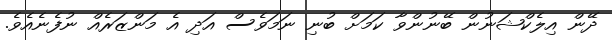
ދޭން އިލެކްޝަނުން ބޭނުންވާ ކަމަށް ބުނި ނަމަވެސް އަދި އެ މަންޒަރެއް ނުފެނެއެވެ.